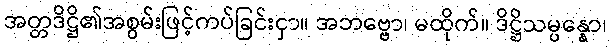
အတ္တဒိဋ္ဌိ၏အစွမ်းဖြင့်ကပ်ခြင်းငှာ။ အဘဗ္ဗော၊ မထိုက်။ ဒိဋ္ဌိသမ္ပန္နော၊